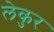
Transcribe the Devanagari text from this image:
लेकुर